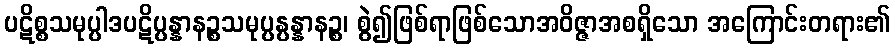
ပဋိစ္စသမုပ္ပါဒပဋိပ္ပန္နာနဉ္စသမုပ္ပန္ပန္နာနဉ္စ၊ စွဲ၍ဖြစ်ရာဖြစ်သောအဝိဇ္ဇာအစရှိသော အကြောင်းတရား၏